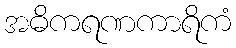
အဓိကရဏကာရိကံ